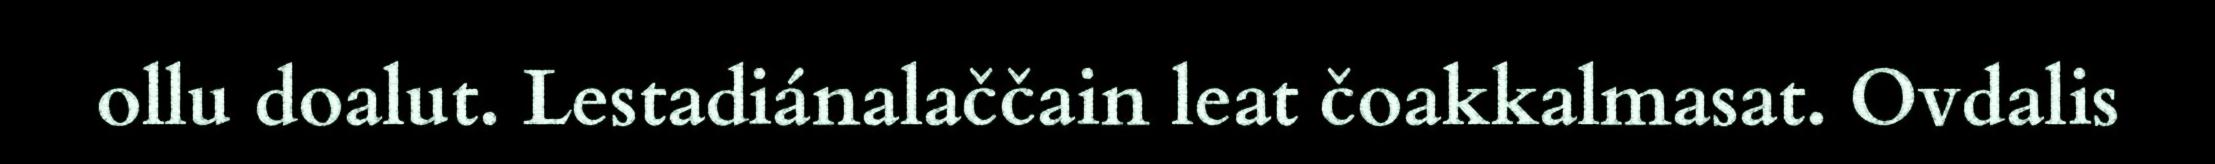
ollu doalut. Lestadiánalaččain leat čoakkalmasat. Ovdalis